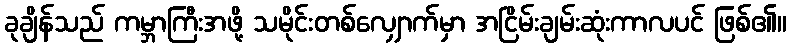
ခုချိန်သည် ကမ္ဘာကြီးအဖို့ သမိုင်းတစ်လျှောက်မှာ အငြိမ်းချမ်းဆုံးကာလပင် ဖြစ်၏။